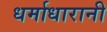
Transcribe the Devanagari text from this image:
धर्माधारानी